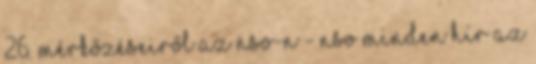
26. mérkőzéseiről az NSO-n - NSO MINDEN HÍR AZ